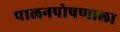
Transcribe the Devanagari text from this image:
पालनपोषणाला